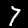
Label: 7